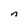
Character: n